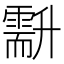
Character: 𠧍